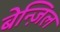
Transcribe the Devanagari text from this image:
बेन्ज़िल